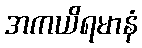
အကယိရမာနံ